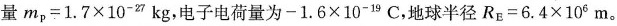
量$$m _ { p } = 1 . 7 \times 1 0 ^ { - 2 7 } k g$$，电子电荷量为$$- 1 . 6 \times 1 0 ^ { - 1 9 } C$$，地球半径$$R _ { E } = 6 . 4 \times 1 0 ^ { 6 } m$$。